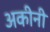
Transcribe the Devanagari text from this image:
अकीनी